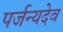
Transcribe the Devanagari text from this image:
पर्जन्यदेव